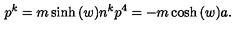
p ^ { k } = m \sinh { ( w ) } n ^ { k } p ^ { 4 } = - m \cosh { ( w ) } a .